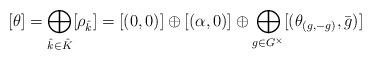
LaTeX: \begin{align*} [\theta]&=\bigoplus_{\hat k\in \hat K}[\rho_{\hat k}]= [(0,0)]\oplus[(\alpha,0)]\oplus \bigoplus_{g\in G^\times}[(\theta_{(g,-g)},\bar g)]\end{align*}